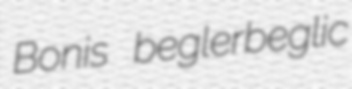
Bonis beglerbeglic